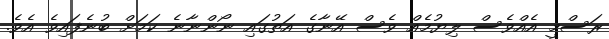
ރަސްމީ އެއްވެސް ލިޔުމެއް ވެސް އޭނާގެ އަތުގައި ނޯންނާނެ ކަމަށް ބުނެފައިވެ އެވެ.